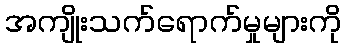
အကျိုးသက်ရောက်မှုများကို